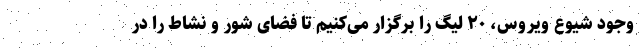
وجود شیوع ویروس، ۲۰ لیگ را برگزار می‌کنیم تا فضای شور و نشاط را در